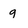
Character: 9